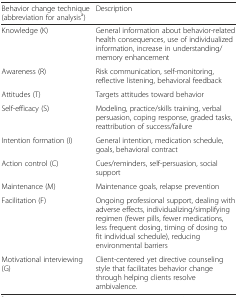
| Behavior change technique (abbreviation for analysisa) | Description |
 | --- | --- |
 | Knowledge (K) | General information about behavior-related health consequences, use of individualized information, increase in understanding/memory enhancement |
 | Awareness (R) | Risk communication, self-monitoring, reflective listening, behavioral feedback |
 | Attitudes (T) | Targets attitudes toward behavior |
 | Self-efficacy (S) | Modeling, practice/skills training, verbal persuasion, coping response, graded tasks, reattribution of success/failure |
 | Intention formation (I) | General intention, medication schedule, goals, behavioral contract |
 | Action control (C) | Cues/reminders, self-persuasion, social support |
 | Maintenance (M) | Maintenance goals, relapse prevention |
 | Facilitation (F) | Ongoing professional support, dealing with adverse effects, individualizing/simplifying regimen (fewer pills, fewer medications, less frequent dosing, timing of dosing to fit individual schedule), reducing environmental barriers |
 | Motivational interviewing (G) | Client-centered yet directive counseling style that facilitates behavior change through helping clients resolve ambivalence. |